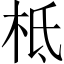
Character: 柢